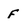
Character: f